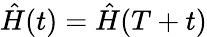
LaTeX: \hat{H}(t)=\hat{H}(T+t)